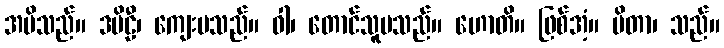
အမိသည်။ ဒမိဠီ၊ ကျေးမသည်။ ဝါ၊ တောင်သူမသည်။ ဟောတိ။ ဖြစ်အံ့။ ပိတာ၊ သည်။